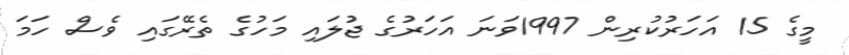
މީގެ 15 އަހަރުކުރިން 1997ވަނަ އަހަރުގެ ޖުލައި މަހުގެ ތެރޭގައި ވެސް ހަމަ